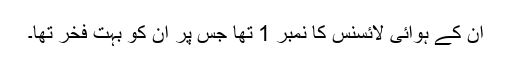
ان کے ہوائی لائسنس کا نمبر 1 تھا جس پر ان کو بہت فخر تھا۔